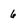
Character: 6